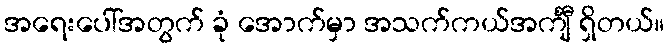
အရေးပေါ်အတွက် ခုံ အောက်မှာ အသက်ကယ်အင်္ကျီ ရှိတယ်။